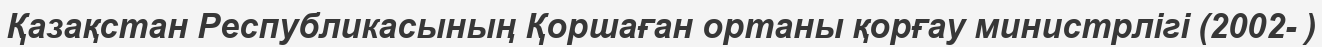
Қазақстан Республикасының Қоршаған ортаны қорғау министрлігі (2002- )